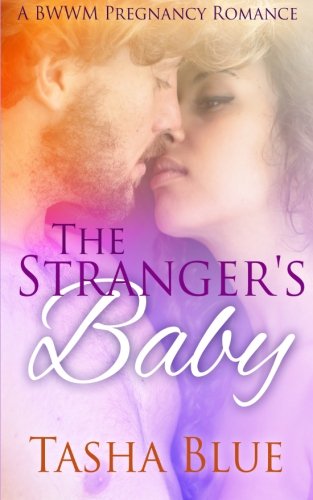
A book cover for The Stranger's Baby; Tasha Blue; Romance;